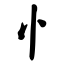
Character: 忄